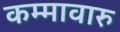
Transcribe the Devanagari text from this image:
कम्मावारु